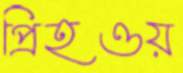
প্রিহওয়